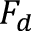
F _ { d }